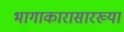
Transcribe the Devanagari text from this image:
भागाकारासारख्या